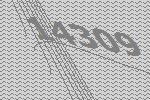
14309